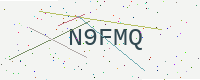
Text: N9FMQ